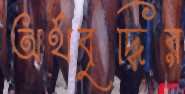
অর্থবৃদ্ধির